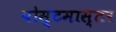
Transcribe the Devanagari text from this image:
पोस्टमास्तर